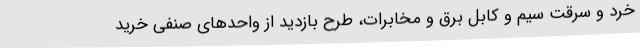
خرد و سرقت سیم و کابل برق و مخابرات، طرح بازدید از واحدهای صنفی خرید